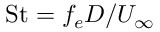
\mathrm { S t } = f _ { e } D / U _ { \infty }